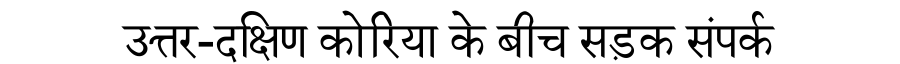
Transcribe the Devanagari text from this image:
उत्तर-दक्षिण कोरिया के बीच सड़क संपर्क